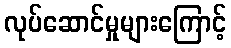
လုပ်ဆောင်မှုများကြောင့်